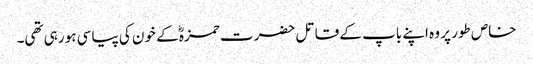
خاص طور پر وہ اپنے باپ کے قاتل حضرت حمزہؓ کے خون کی پیاسی ہو رہی تھی۔